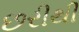
છરીથી